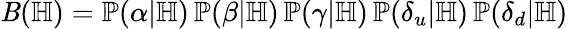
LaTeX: \mathit{B}(\mathbb{H})=\mathbb{P}(\alpha|\mathbb{H})\, \mathbb{P}(\beta|\mathbb{H})\, \mathbb{P}(\gamma|\mathbb{H})\, \mathbb{P}(\delta_{u}|\mathbb{H})\, \mathbb{P}(\delta_{d}|\mathbb{H})